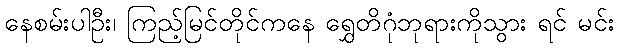
နေစမ်းပါဦး၊ ကြည့်မြင်တိုင်ကနေ ရွှေတိဂုံဘုရားကိုသွား ရင် မင်း